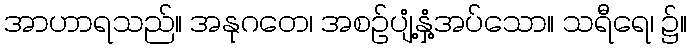
အာဟာရသည်။ အနုဂတေ၊ အစဉ်ပျံ့နှံ့အပ်သော။ သရီရေ၊ ၌။